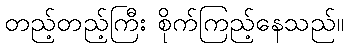
တည့်တည့်ကြီး စိုက်ကြည့်နေသည်။